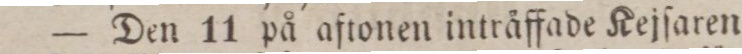
— Den 11 på aftonen intråffade Kejſaren